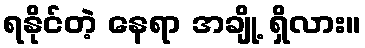
ရနိုင်တဲ့ နေရာ အချို့ ရှိလား။